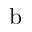
\mathrm { b }